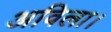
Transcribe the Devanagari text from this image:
अविला।